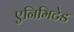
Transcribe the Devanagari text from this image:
एनिमिटेड